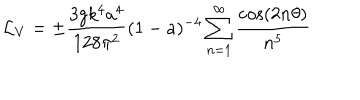
{ \cal L } _ { V } = \pm { \frac { 3 g k ^ { 4 } a ^ { 4 } } { 1 2 8 \pi ^ { 2 } } } ( 1 - a ) ^ { - 4 } \sum _ { n = 1 } ^ { \infty } { \frac { \cos ( 2 n \theta ) } { n ^ { 5 } } }